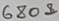
Text: 680Ω